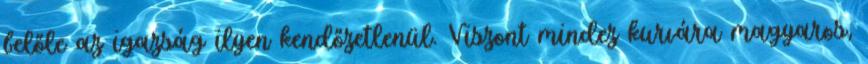
belőle az igazság ilyen kendőzetlenül. Viszont mindez kurvára magyaros,